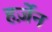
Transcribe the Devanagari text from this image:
हर्ज़ेन